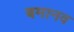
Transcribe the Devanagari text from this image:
बमानव